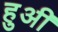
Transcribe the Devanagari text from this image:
हुअी